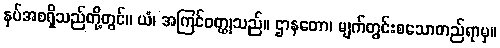
နှပ်အစရှိသည်တို့တွင်။ ယံ၊ အကြင်ဝတ္ထုသည်။ ဌာနတော၊ မျက်တွင်းစသောတည်ရာမှ။